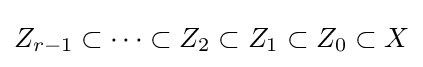
Z_{r-1}\subset \cdots \subset Z_{2}\subset Z_{1}\subset Z_{0}\subset X